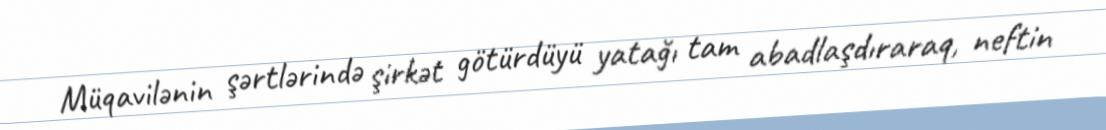
Müqavilənin şərtlərində şirkət götürdüyü yatağı tam abadlaşdıraraq, neftin